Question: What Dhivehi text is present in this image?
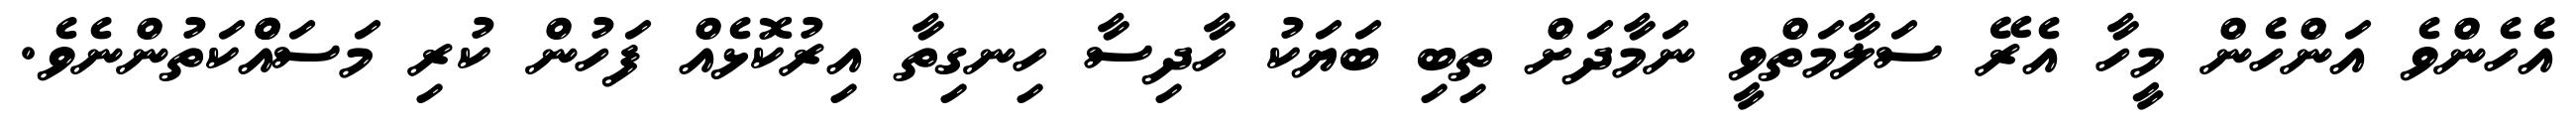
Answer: އެހެންވެ އަންހެން މީހާ އެރޭ ސަލާމަތްވީ ނަމާދަށް ތިބި ބަޔަކު ހާދިސާ ހިނގިތާ އިރުކޮޅެއް ފަހުން ކުރި މަސައްްކަތުންނެވެ.